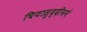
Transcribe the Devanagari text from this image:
घियासुद्दीनने